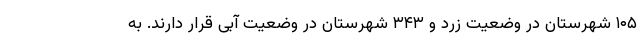
۱۰۵ شهرستان در وضعیت زرد و ۳۴۳ شهرستان در وضعیت آبی قرار دارند. به